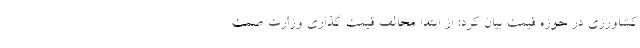
کشاورزی در حوزه قیمت بیان کرد: از ابتدا مخالف قیمت گذاری وزارت صمت